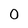
Character: 0